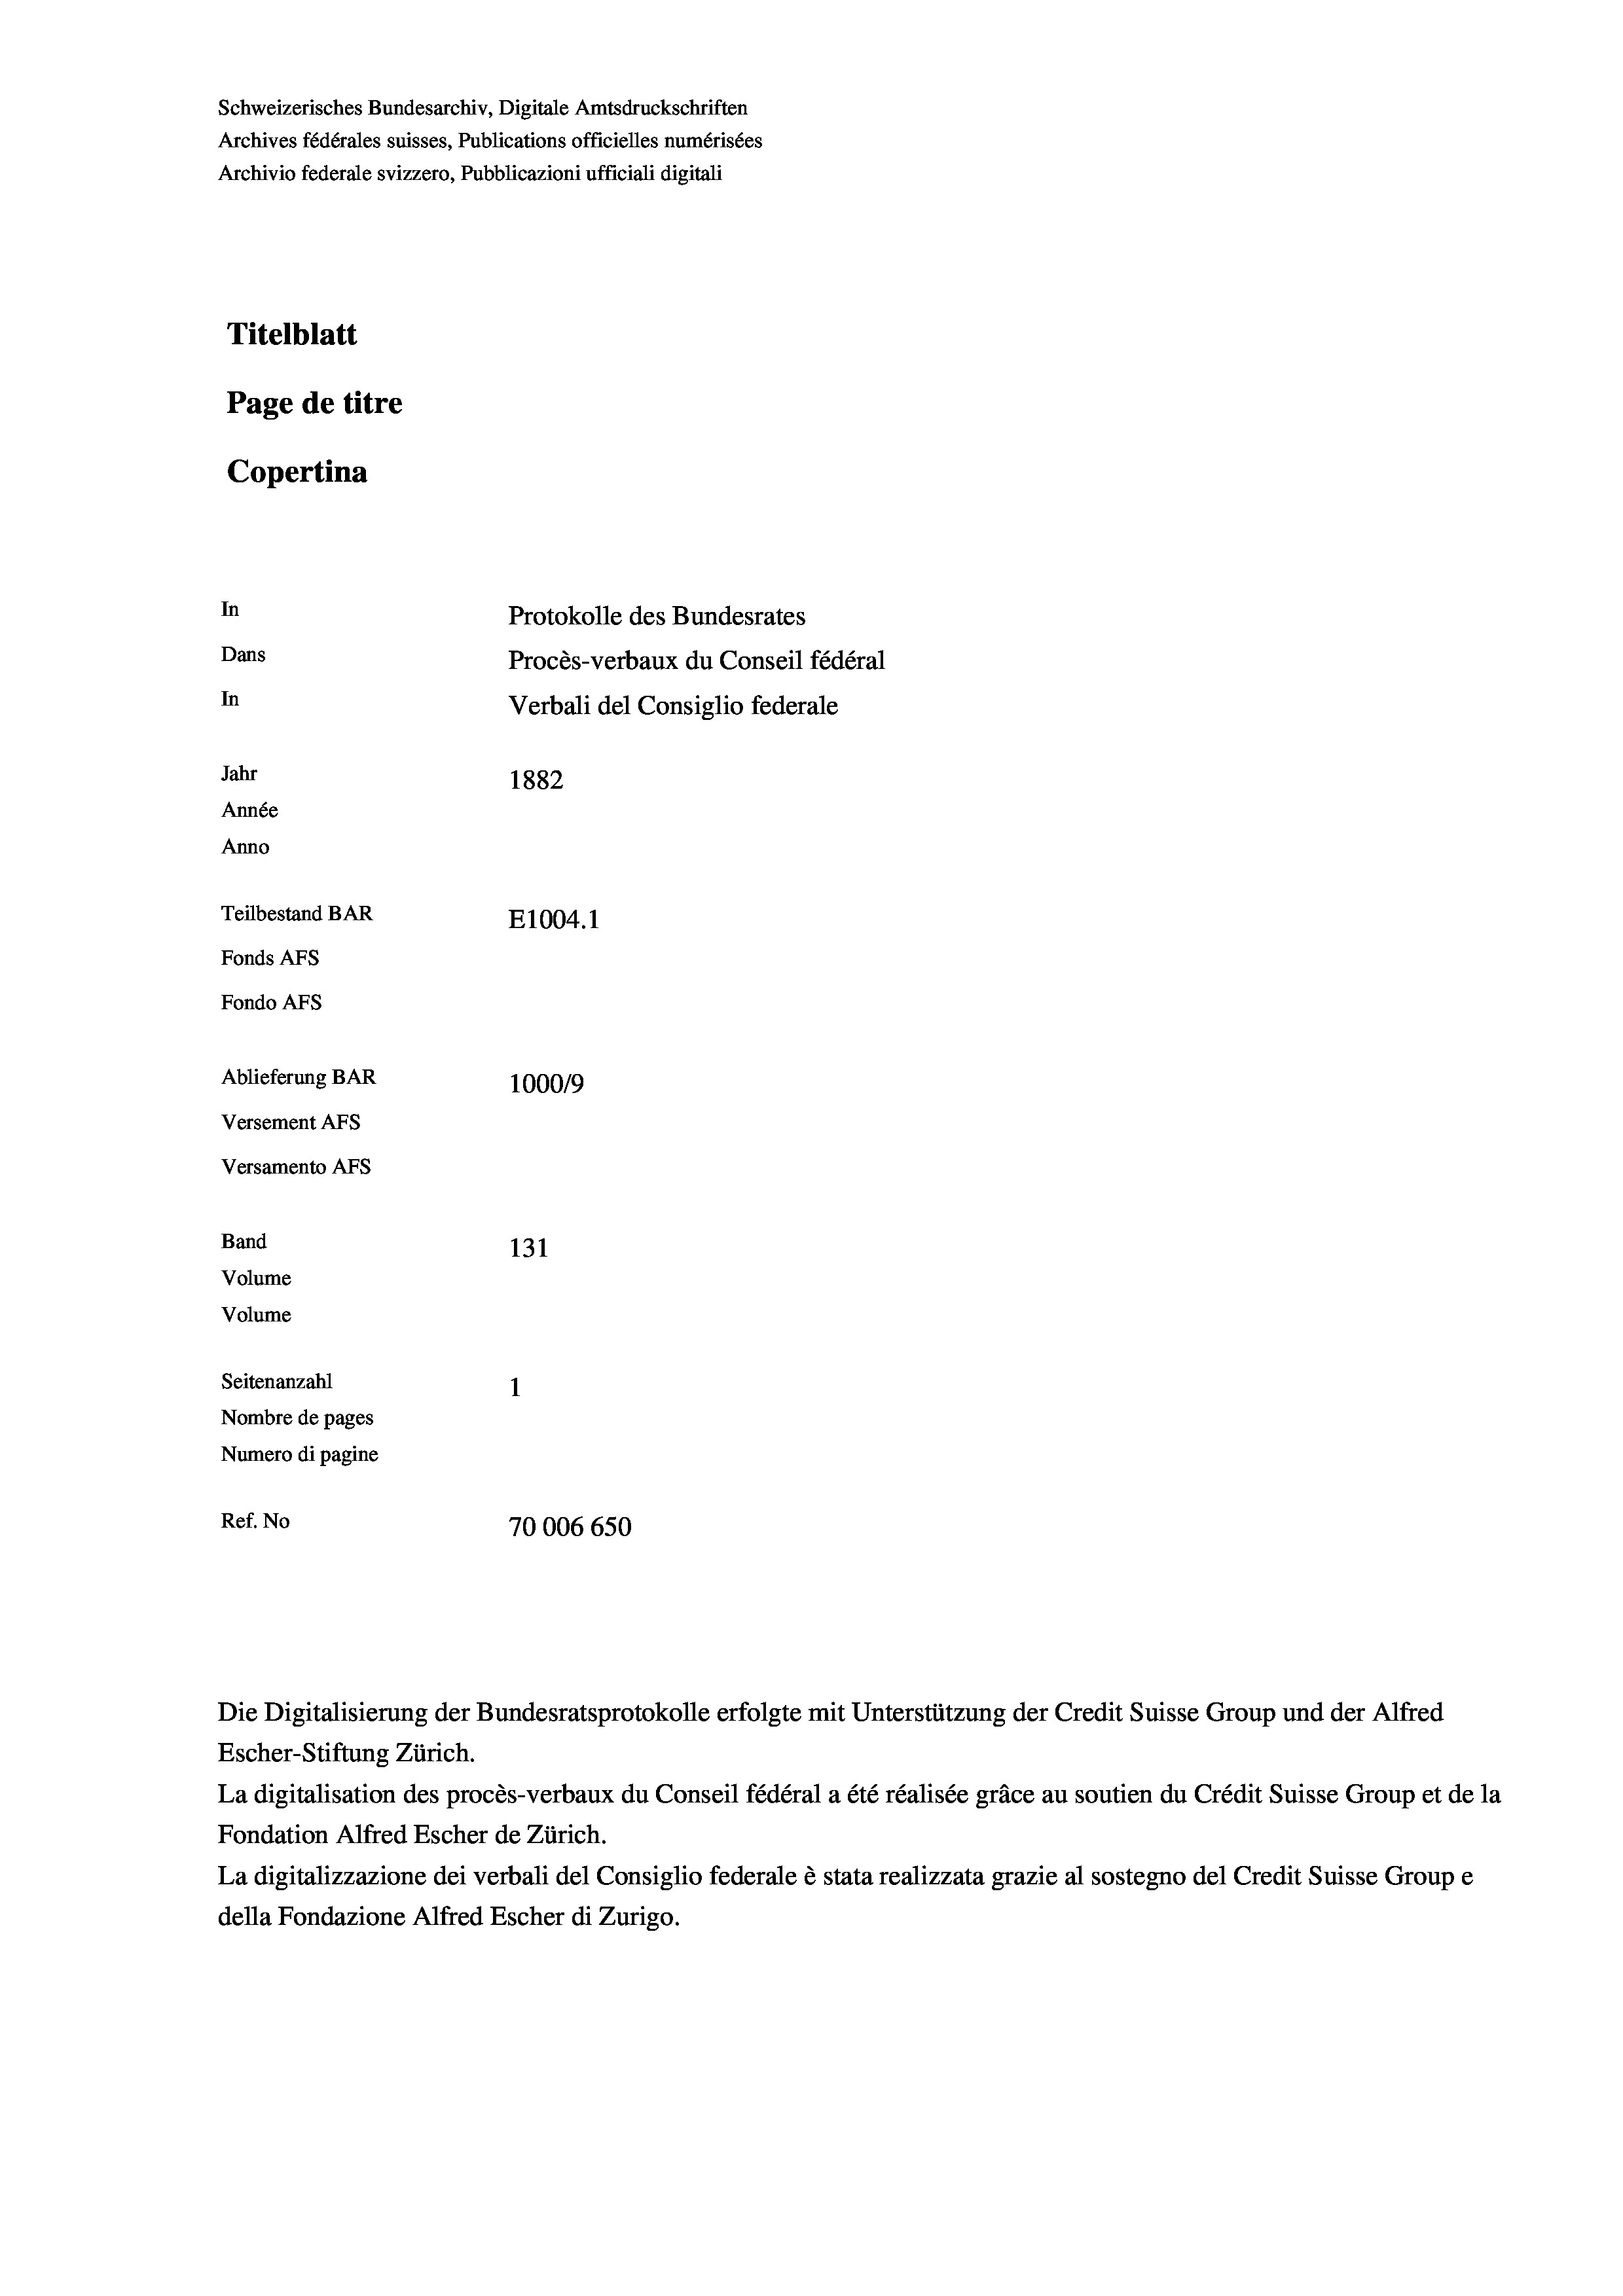
Schweizerisches Bundesarchiv, Digitale Amtsdruckschriften
Archives fédérales suisses, Publications officielles numérisées
Archivio federale svizzero, Pubblicazioni ufficiali digitali
Titelblatt
Page de titre
Copertina

In
Protokolle des Bundesrates
Procès-verbaux du Conseil fédéral
In
Verbali del Consiglio federale
Jahr
1882
Année
Anno
Teilbestand BAR
E1004.1
Fonds Afs

Fondo AFs
Ablieferung BAR
100019
Versamento AFs
Band
131
Volume
Volume
Seitenanzahl
Nombre de pages
Numero di pagine
Ref. No
70006650

Dans

Versement AFS

Escher-Stiftung Zürich.
La digitalisation des procès-verbaux du Conseil fédéral a été réalisée gräce au soutien du Crédit Suisse Group et de la
Fondation Alfred Escher de Zürich.
La digitalizzazione dei verbali del Consiglio federale è stata realizzata grazie al sostegno del Credit Suisse Groupe
della Fondazione Alfred Escher di Zurigo.

Die Digitalisierung der Bundesratsprotokolle erfolgte mit Unterstützung der Credit Suisse Group und der Alfred